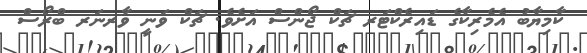
ކާމިޔާބު އެމެރިކާގެ ޑައިރެކްޓަރ ޗަކް ޖޯންސް އަށެވެ. ޗަކް ވަނީ ވާރނަރ ބްރޯސް